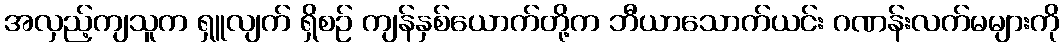
အလှည့်ကျသူက ရှူလျက် ရှိစဉ် ကျန်နှစ်ယောက်တို့က ဘီယာသောက်ယင်း ဂဏန်းလက်မများကို